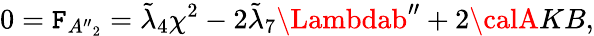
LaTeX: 0=\mathtt{F}_{{A^{\prime\prime}}_{2}}=\tilde{{\lambda}}_{4}\chi^{2}-2\tilde{{\lambda}}_{7}\Lambdab^{\prime\prime}+2{\calA}KB,